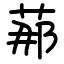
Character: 𦰡